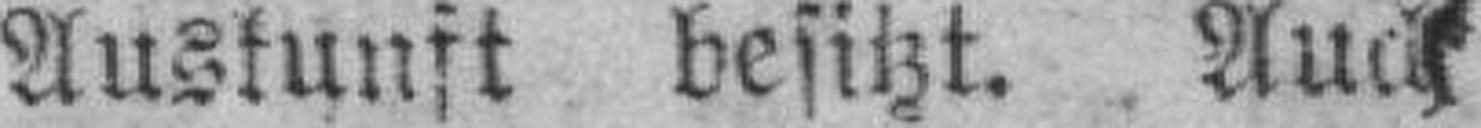
Auskunst besitzt. Auch